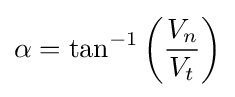
\alpha =\tan ^{-1}\left({\frac {V_{n}}{V_{t}}}\right)